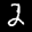
Label: 2